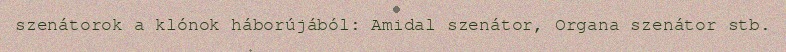
szenátorok a klónok háborújából: Amidal szenátor, Organa szenátor stb.